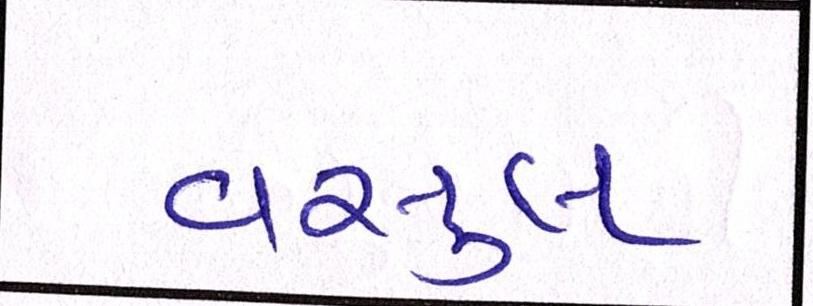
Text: વસુલ